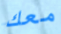
معك